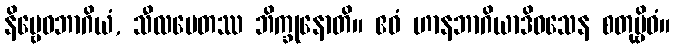
နိဗ္ဗေဓဘာဂိယံ, သီလမေတဿ ဘိက္ခုနောတိ။ ဧဝံ ဟာနဘာဂိယာဒိဝသေန စတုဗ္ဗိဓံ။